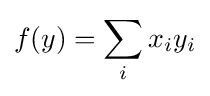
f(y)={\sum _{i}{x_{i}y_{i}}}